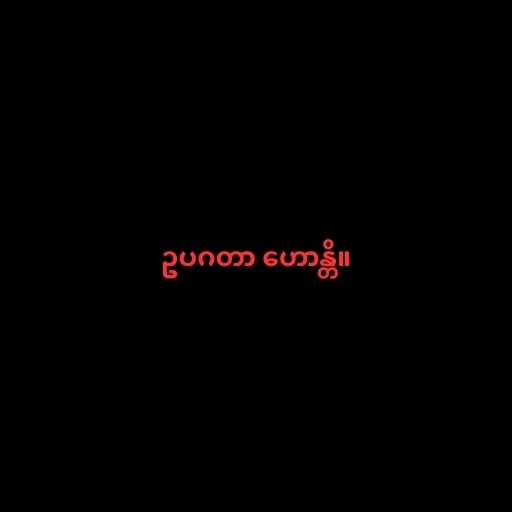
ဥပဂတာ ဟောန္တိ။